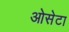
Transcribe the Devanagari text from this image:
ओसेटा